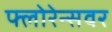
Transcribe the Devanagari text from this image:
फ्लोरेन्सवर